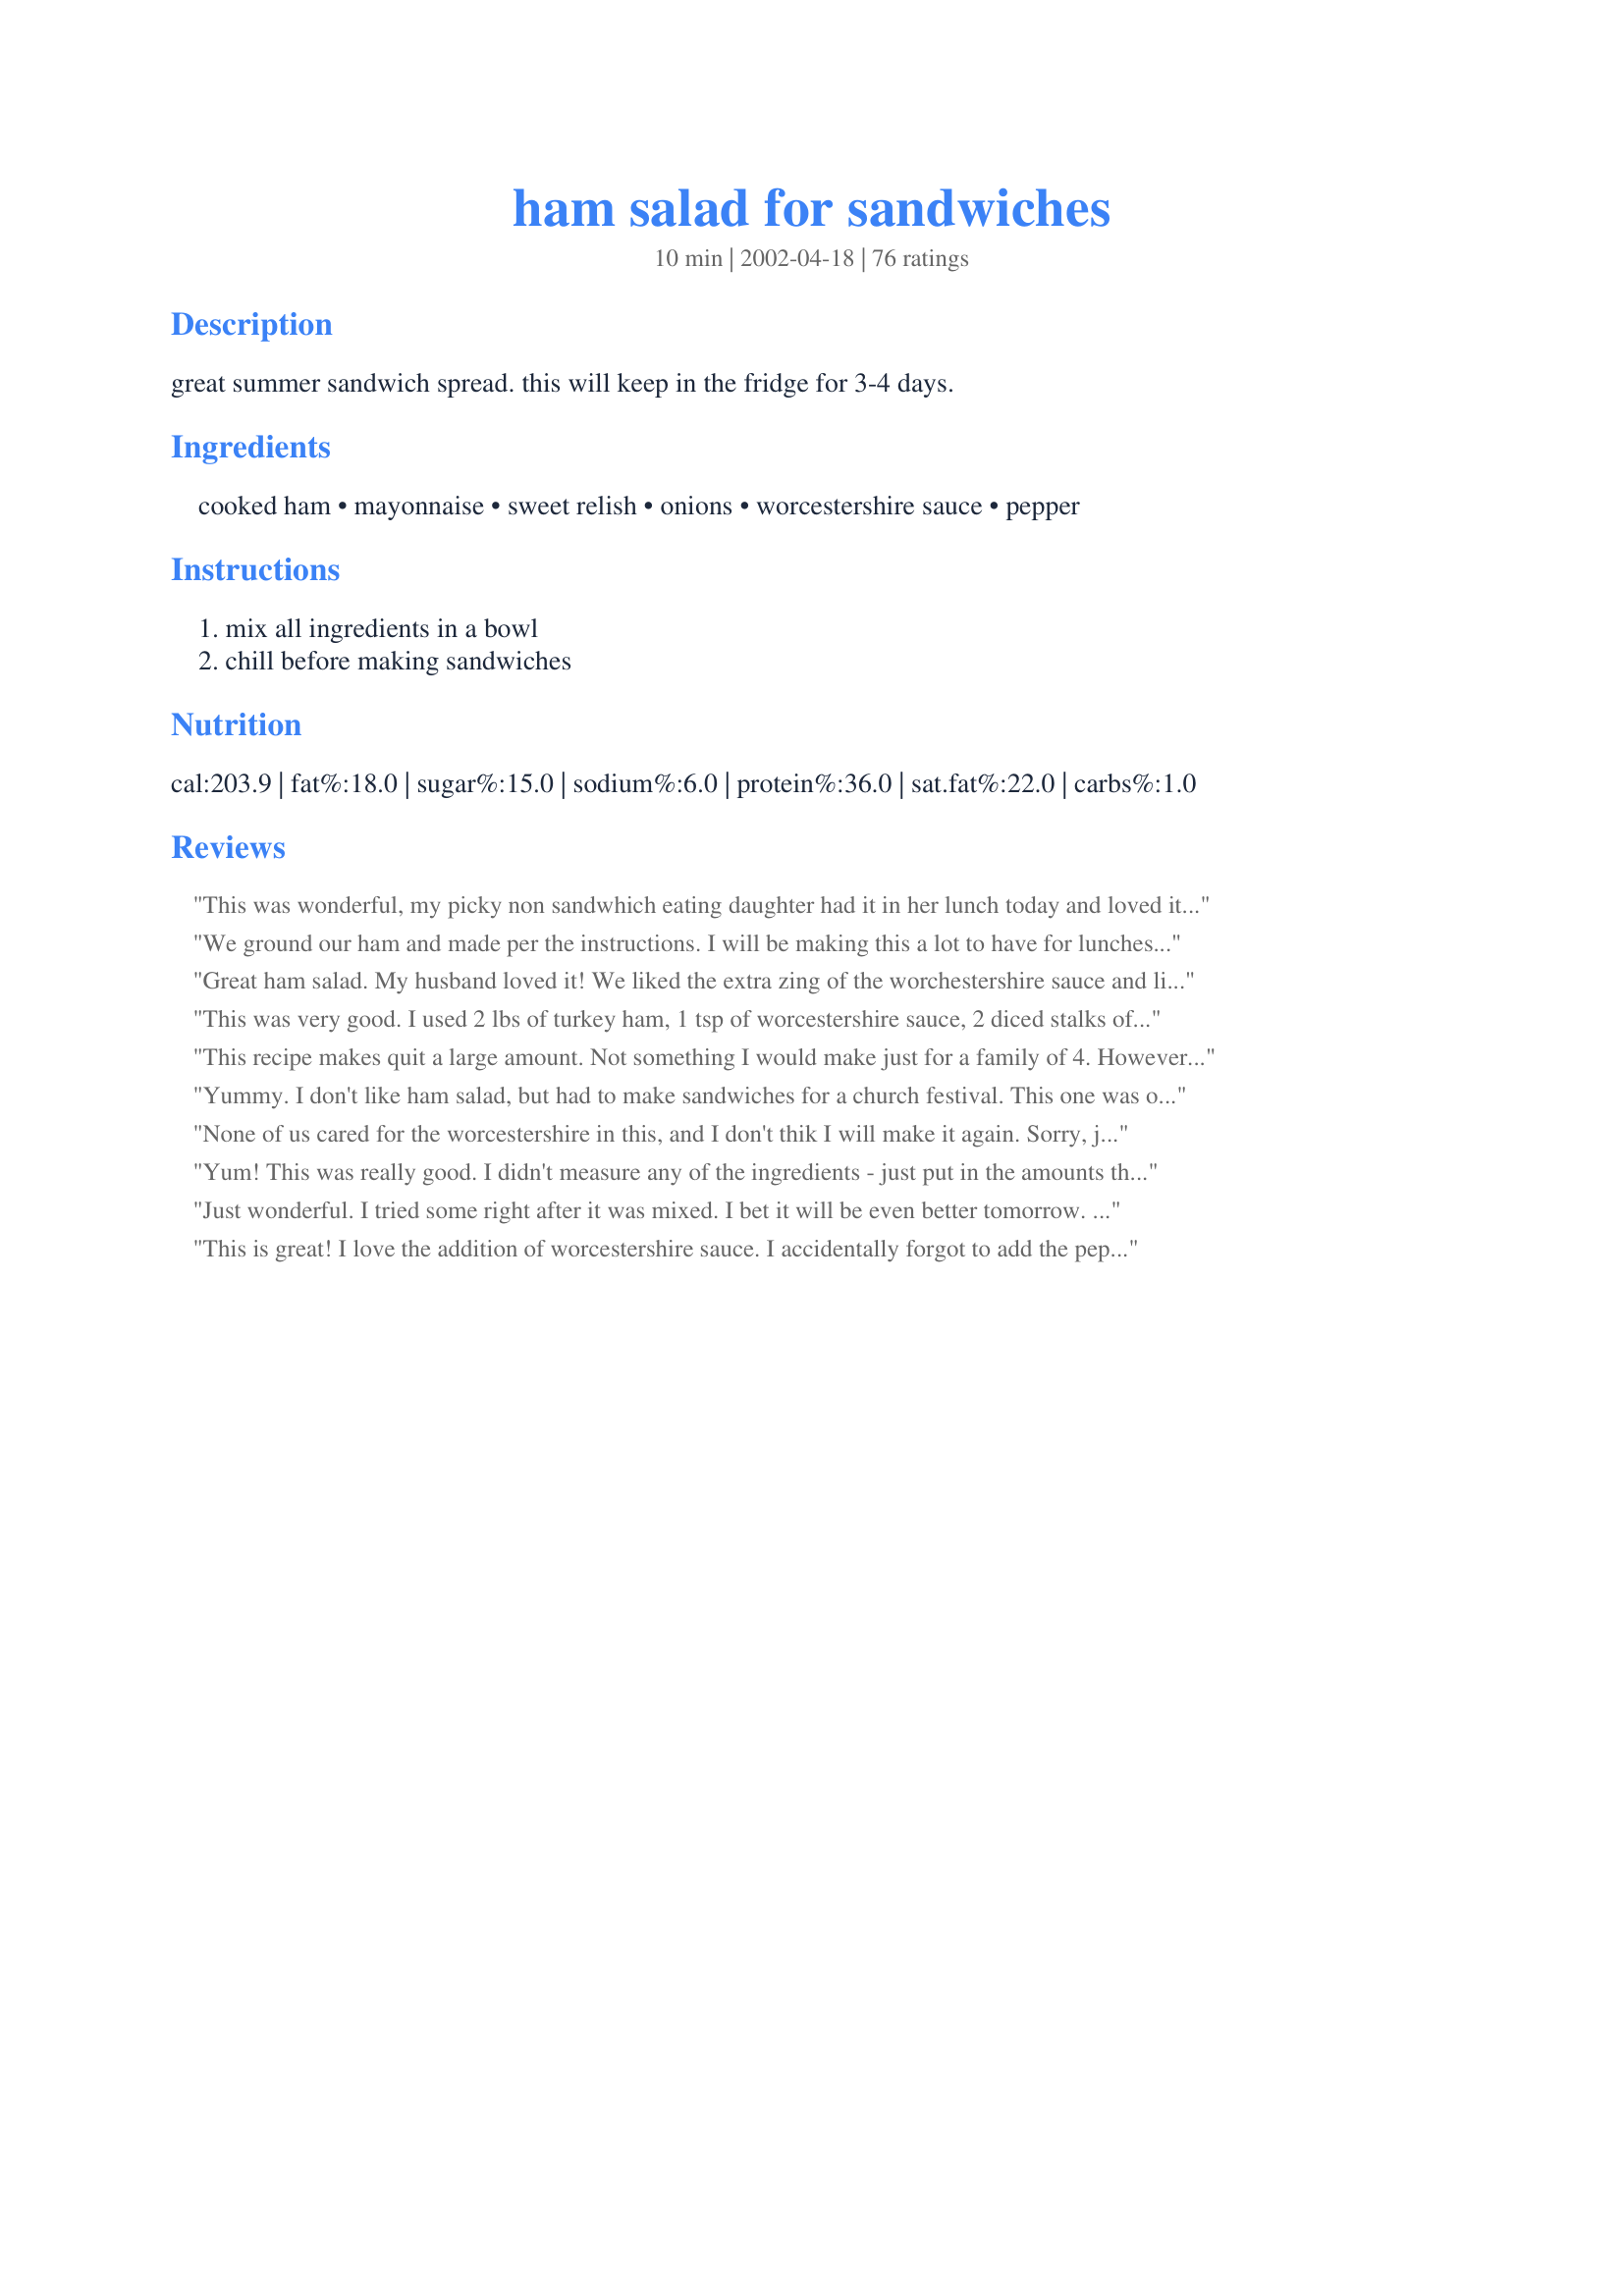
ham salad for sandwiches
Preparation time: 10 minutes

great summer sandwich spread. this will keep in the fridge for 3-4 days.

Ingredients:
cooked ham, mayonnaise, sweet relish, onions, worcestershire sauce, pepper

Steps:
mix all ingredients in a bowl, chill before making sandwiches

Reviews:
This was wonderful, my picky non sandwhich eating daughter had it in her lunch today and loved it!!! Hubby will get it in his lunch tomorrow and I am sure he will be surprised! Many Thanks!

We ground our ham and made per the instructions. I will be making this a lot to have for lunches at work. It was easy to make and real good! GF liked them too. We had ours on bulkie rolls along with pickles and chips. Great sandwich MizzNezz! Mike
Great ham salad. My husband loved it! We liked the extra zing of the worchestershire sauce and like Nurse Di I would suggest adding the mayo a little at a time, so it doesn't get too moist. Thanks, Carole in Orlando
This was very good. I used 2 lbs of turkey ham, 1 tsp of worcestershire sauce, 2 diced stalks of celery and 4 green onions. It was very soupy like many of the other reviews said when everything was initially in the bowl, but then I used my stick blender to whiz it all together and it made it more of a pate-ish consistency and it integrated the mayo in, so it didn't seem so mayo-ish. The result is very tasty - though it does look a lot like wet cat food.
This recipe makes quit a large amount. Not something I would make just for a family of 4. However it was great for a pot luck lunch. I also just used enough mayo to moisten. I enjoyed it. Thanks.
Yummy. I don't like ham salad, but had to make sandwiches for a church festival. This one was okay. Not too sweet, not to salty. I didn't measure the mayo. (actually I used Miracle Whip). I added enough to give the salad the right consistancy. A church member requested a ham salad with mustard. So I added a little mustard. Yummy.
None of us cared for the worcestershire in this, and I don't thik I will make it again. Sorry, just wasn't our cup of tea!
Yum! This was really good. I didn't measure any of the ingredients - just put in the amounts that I thought looked good. I also used dill relish in place of the sweet relish as my husband and I don't like the sweet relish. Will most definately make again when I have left-over ham.
Just wonderful. I tried some right after it was mixed. I bet it will be even better tomorrow. I noticed some people complained of soupiness......make sure to drain some liquid off the relish. Maybe that will help some with that issue. Mine was perfect and I followed just as written. Great way to use up leftover spiral ham. Just lots of trimming but oh so worth it. Thanks for sharing MizzNezz!!!
This is great! I love the addition of worcestershire sauce. I accidentally forgot to add the pepper but it was awesome anyway. This is the way I will make ham salad from this day forward. Thanks for a great recipe.
Great ham salad! Thanks for the recipe!
I don't know how helpful this review will be, but since I made it, I feel I should review it. I used all the ingredients stated, but I didn't measure anything. I used enough mayo to moisten enough ham for 1 sandwich. I added a couple tsps. relish, a sprinkle of onion and a sprinkle of pepper. I only like a very small amount of pepper. I used 1/4 tsp. Worcestershire sauce. I also added a romaine lettuce leaf to my sandwich-I like the crunch. I made this sandwich because I was intrigued by the Worcestershire sauce. This sandwich is absolutely wonderful! Perfect flavour! I'll never make a ham sandwich without Worcestershire sauce! Thanks!
really good and simple to make. possibly missing something minor but not sure what. Really good!
I made a much scaled down version of this recipe and didn't measure anything. The ingredients blended together very well and I will not hesitate to make this again. I likely will never get the same consistency but I'm sure the taste will be there.
yummy! i added 1 tsp. yellow mustard. perfect. thanks for posting.
Very good! Ground the ham in the food proccesser, used hot dog relish instead of sweet relish and added one large stalk of celery, minced. Other than that just as written. Yummy!
I can't believe I forgot to rate this wonderful recipe! I started making it a couple yrs ago to use up the leftover ham from Easter. It's FAB!!! I do use a food processor to grind up the ham really finely. I (like others) didn't measure the mayo, and probably didn't use quite as much, but added the other ingredients to the ground ham, and added just enough mayo to make a good spreading consistency. This is just delicious! Thanks MizzNezz!!!
Just made for lunch today and put in frig. for chilling, excellent &amp; easy recipe!
My husband used this recipe for some of our leftover Thanksgiving spiral sliced ham. I&#039;ve never been a fan of ham salad, (it&#039;s a texture thing) but my husband likes it and wanted to make some. I looked for and found this recipe and he made it as written minus the onions as we were out. He used onion powder instead. Last night he told me to review this recipe and to say that &quot;he loves it&quot; and &quot;will be making it again&quot;! Thanks MizzNezz! You made my husband&#039;s day. :)
I never really liked ham salad,until now.Thanks for a great recipe.I made it just as you directed and my family LOVES it.It tastes good on bread or snack crackers too.
Really easy fast recipe. I too tweeked it a little. LESS on the mayo, and I added a pinch of liguid smoke, celery and no pepper to personalize it to my taste.

Food processor would also make it even easier!

Thanks for the ideas!
This was just yummy !!!!!!!! Wish I would have thought of it but I'm glad someone did!!!!!!
I ground my ham and added about 1/4 tsp of celery seeds, as a personal prefence, It tasted every bit as good without them. I loved the extra flavor the worcestershire sauce added. We will definitely be keeping this recipe and using it often. Since the ham I used was ground we were also able to use this as a cracker spread without pieces of ham falling off the crackers.
This is a delicious sandwich spread, but the consistancy is a bit 'soupy'. I will definitely make this again, but will try just one cup of mayo to see if that dries it out to the texture I most prefer.There's certainly nothing lacking in flavor!
Great sandwich. At first I was hesitant to make it but after reading the reviews.....it would be silly not to! I didn't follow the measurements exactly as I only had a little ham left over, however....it was great!!!! Definitely a keeper!
I specially liked this because it was not swimming in mayonnaise. It does need to chill so that the minced onion softens.
Pretty good start here but WAYYYYY too much mayo involved! I used 2 heaping tablespoons and it was super creamy. Other than that...it was nice with the addition of the worcestershire.
Excellent, followed thr recipe except I used a shallot. We had left over ham from recipe 46922, Awesome Baked Ham. The ham was a Cumberland Gap, low sodium, no water added ham. Both are 5 Star recipes and so easy
Husband said this was pretty good ham salad. I will have to rate on his word for it because I loath ham salad. He said he would eat this again if I made it. Thank you for sharing.
Delish. Chopped with my handichopper, and added some dijon. Thanks for sharing!
This ham salad is better than any deli purchased I have had to date. In fact, I doubt I purchase ham salad again now that I have this recipe. A nice blend of flavor, easy to make. The worchestershire sauce is the secret ingredient that makes this such a perfect recipe. I opted to use the food grinder attachment to my mixer for the ham as opposed to dicing the ham or using my food processor. I also used dill relish as others had stated due to personal preference. I wisked 1/2 cup of the mayo with the worchestershire sauce and used that first then mixed in small amounts of mayo at a time to reach my desired consistency. I found this best if made the night before to allow the flavors to mellow. I took this to work along with a variety of breads. A majority voted this ham salad on Hearty Rye a wonderful combination. 
 Thanks for sharing MizzNezz!
My husband and step-son love ham salad sandwiches. I halved the recipe with great result. A well-balanced blend of ingredients that tasted super together. I liked the little zing from the Worcestershire sauce. As is my usual, I didn't measure the mayo, just added until it was the right consistency for our tastes--ended up using about 1/2 cup. The guys were both happy with it too. Perfect for lunch or an after-school snack. Thanks Inez.
I halved this recipe and whirled the ham and onion in the food processor so the consistency was like deli-style ham salad.
Thank You MizzNezz!
Tasty sandwich spread, I made it for sandwiches we took on a picnic.
I used some finely chopped red onion in place of the minced kind.
really really good. I toyed with not putting in the worcestershire sauce, as I thought it was salty enough, but I did put it in. I'd leave it out next time (personal pref.). I used Hellman's Light Mayo to try to cut a little fat. YUM!
This sandwich spread was delicious. It was a nice change from plain old ham sandwiches. I didn't measure the mayo. I just added a little bit at a time until I got the right consistancy.
I am giving this five stars because it is so retro. Took me right back to the 50s when my Mom often made something like this, and that's just what I was looking for. I used to help grind the ham (sometimes bologna) in the good old table-top hand-cranked grinder. Now I use my good old food processor. This is salty, but tastes good. It makes a good sandwich by itself, but today I enjoyed the last of it by laying sliced mozzarella cheese on half a small baguette, then piling ham salad on top. This made good work lunches all week. Thank you, MizzNezz, for sharing a fond food memory from the past.
This is a wonderful way to use leftover ham! I, too, ground my ham, and increased the onion to about 1/3 cup, which I chopped in the food processor along with some fresh parsley for color.
delicious flavor... make sure ham is patted dry or water from it makes mayo mixture too thin. Also start with only half the mayo asked for and add more if needed. will make again! I used dill relish as that is our preference. thankyou
I think the secret ingredient to this ham salad is the worcestershire sauce! I halved the recipe and whirled it in the food processor too, and it was the PERFECT sandwich from leftover Easter ham! Thanks so much for posting a REAL winner!
Really yummy! I made this for lunch today. I liked the idea of dill relish, but I only had sweet. I added some dried dill to mine and it is perfect! I also put mine into a tortilla wrap because I am on a wrap kick right now!
Tasty!
I too liked the worcestshire sauce. Normally I would have added some yellow mustard. this was a great difference. thanks for posting!
Never again will I buy pre-made or canned ham salad. This is fantastic! To make it super-easy I used an electric food chopper to chop up the ham and onions. This one's a keeper - thanks!
I had enough ham to make up 1 serve but had enough for 2 sandwich which the DM and I enjoyed. Thank you MizzNezz, made for I Recommend tag game and recommended by CharlotteJ.
I had about 1/2 a pound of ham left over from a ham dinner, and I made this recipe scaled to the amount of ham I had. this is truly an outstanding ham salad recipe. I used my magic bullet and pulsed the ham a few times to make it into small bits. Thanks! (PS, it was even better on the second day)
Durn! I hate to be in the minority here but it didn't quite work for us. Both DH and I enjoyed it as we were taste testing it right out of the food processor but the next day when we had sandwiches neither of us enjoyed it at all. We both agreed it was probably the way the onion came together with the Worcestershire. Sorry we couln't give it higher marks but thanks for sharing!
I thought this was a good basic recipe for ham salad. I did find that I did not need quite as much mayo or relish as stated. Did like the addition of Worcestershire. Thanks for sharing.
YUM. I knew with the right recipe I would like ham salad! Worcestershire is just the right touch.
This is very good. I made it before and didn't
write a comment but this time I decided to.
The only diffence I did was I didn't
have any relish so I used my sweet pickles 
that I make and it turn out just as good
as made with relish. Also my daughter who
did not ever like ham salad just loves
this recipe. She will be happy tonight
when she comes home from school and
sees that I made this.
Perfect. I needed to do something with my Easter ham and this made it very exciting. I used fresh minced onions and I loved the way the flavors complemented each other. Even my picky DD loved it. Thanks for sharing MizzNezz.
A very good recipe. I was looking for something to use up some ham I had left over. I found this and thought why not? I did make some changes though, I minced up ham in food processor, and omitted onions, I was also out of worchestershire sauce, so I tried steak sauce instead and it turned out great. I took these to a function as finger sandwiches and they were the 1st sandwiches to go!! Thank you so much for a great recipe.
Makes a great sandwich! I liked the worcestershire sauce in there; it really gave it some extra flavor. Thanx for posting your recipe; I'll use it again.
This is sooo good. I chopped the ham in the food processor and stirred in the other ingredients. I didn't measure the mayo, just added a little at a time til it looked "right." It gave me the idea to try this with a piece of leftover rump roast that we cooked pretty rare on the rotisserie. It was delicious but too tough to slice for sandwiches. But chopping it and using it this way was a hit! Thanks bunches!
Very good ham salad. Made exactly as directed and it was delicious. Will definately make again.
This went over very well. I ground my ham, other then that followed the recipe exactly. I took these sandwiches for a wrestling meet and shared with my fellow parents....they loved it. This is something different then your usual sandwich. Thank you for posting this recipe, another great recipe from MizzNezz....Stephanie
Made this for hubby and son to take for lunch during work. They said it was good and a nice change from the normal "sammich". Thank you
Hubby made this with our leftover ham from Christmas. He ground the ham and onion up first. He cut down on the mayonnaise and relish and just added it to taste. He also added some shredded cheddar cheese...I must say even without the cheese in it, it's very very good. We have a local Italian deli that we absolutely love their ham salad and treat it as a treat to us...Uhm, this tastes almost as good if not better. We will definitely be making this again. Thanks for sharing.
I scaled this down to 3 servings since I was making a variety of sandwiches for my BF for lunch today. I don't think I have ever eaten ham salad before but the picture Parsley posted really peaked my interest. I thought it was just a little watery, but that could be easily fixed by reducing the mayo just a tad. I really liked the tang of the onions with the sweet relish. My BF didn't really care for it, but I thought it was a different take on just a plain ham sandwich. I got the deli to slice my ham about 1/4" thick so it was very easy for me to dice it into little pieces without having to pull out my mini processor to chop the ham... plus I hate extra dishes to wash!!! Thanks for posting!!!
Very tasty! Used 1 cup of mayo and chopped the ham in a food processor. I've made it numerous times and it always tastes great! Thanks.
My husband just loves Ham Salad Sandwiches. I made this recipe with a few adjustments. I used fresh cooked smoked ham and did all the mixing in my food processor. He now prefers this recipe over the store bought ham salad.
This was really good. I also added some chopped celery as a personal preference.
I made it just exactly as written and wouldn't change a thing. Delishious!
Very Yum! Am Making some black bread tonight for these sandwiches with lettuce & tomato over the weekend. I ground the ham (leftover from Easter) in a chopper & used an additional 1/4 cup of dill relish as well. This stuff is incedibly tasty eaten off the spoon but will be better as sandwiches tpmorrow!! Thankyou, MizzNezz, for a most delicious recipe I will be using often after cooking big hams!
My family loved this! We used leftover ham and I added some chopped apple and celery. We ate it more as a salad so, rather than running it through a food processor we left the chunks pretty large. To keep it healthy, we ate it in wraps with some lettuce. It was a great change for leftover ham, thanks for the recipe!
My daughter and I are eating this for lunch today. I admit, I didn&#039;t measure a thing and ground the ham a bit in the processor. We also prefer dill relish instead of sweet. Pretty tasty on RItz crackers! Sending it off in the school lunch bag tomorrow! Thank you MizzNezz!
This is defenitely not just a summer salad! When I made this wonderful Ham Salad for DH`s lunch today..well, it reminded me of something I had forgotten about, from many years ago....that wonderful combination of the relish, mayo and the ham. I put the ham in my mini-chopper and followed everything to a T. Delicious! Thank you, MizzNezz!
I felt after making this about 20 times, I should write a review. This is awesome! I like to have my ham diced instead of cubed, and I omit the relish, just cause I'm not a big fan. However, I love onions and put extra onion and worcestershire sauce in, as I like the extra twang. Thanks so much for sharing! I will be brown baggin' this to work for years to come!
This ham salad was delicious! Thanks for posting!
My boyfriend made this and loved it. The only change he suggested was cutting back on the mayo a bit.
This was really good. I used dill relish, added 2 tsp of dijon mustard, and put it in the food processor and pulsed a few times. I would give it 5 stars, but my DH said only 3 1/2. He thought it was too salty (the hams fault) and a little watery. I don't agree. I can't wait for another sandwich made with this. Next time...on rye!
Very good taste. The flavor was exactly what I was looking for. The texture just didn't do it for me though. I did reduce the mayonnaise a bit, I made a half recipe and used about 1/3 cup and it was just enough. The problem I had was even though I diced the ham quite small, the mixture didn't hold together well, and made eating the sandwich a bit messy.

I will definitely make again. I'm thinking of just tossing everything in the food processor and pulsing a few times to see if that improves the texture. Thanks Inez for a great start!
Such a nice change to my normal boring sandwich fillers! This is easy to make and tastes amazing. Has just the right amount of acidity for my tastes and a great way to use up leftover ham!
I think it would be better without the relish. The relish overpowered the other flavors.
All I can say is I made MizzNezz's, and I made Paula Deen's, and MIzzNezz's was better!
(sorry Paula).
I was looking for something to do with my left-over ham. This is perfect! Thanks for posting it!
